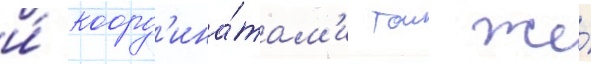
и́ коорд'ина́там'и тои же́